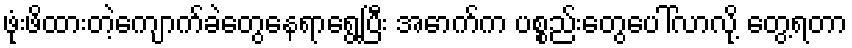
ဖုံးဖိထားတဲ့ကျောက်ခဲတွေနေရာရွေ့ပြီး အောက်က ပစ္စည်းတွေပေါ်လာလို့ တွေ့ရတာ